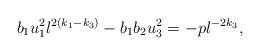
LaTeX: \begin{align*}b_{1}u_{1}^{2}l^{2(k_{1} - k_{3})} - b_{1}b_{2}u_{3}^{2} = -pl^{-2k_{3}},\end{align*}